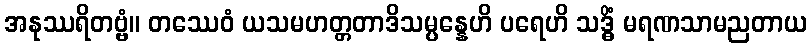
အနုဿရိတဗ္ဗံ။ တဿေဝံ ယသမဟတ္တတာဒိသမ္ပန္နေဟိ ပရေဟိ သဒ္ဓိံ မရဏသာမညတာယ